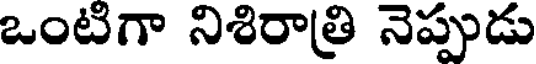
ఒంటిగా నిశిరాత్రి నెప్పుడు